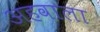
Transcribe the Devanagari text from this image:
अहवाला